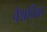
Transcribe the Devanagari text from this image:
वैश्चविक